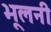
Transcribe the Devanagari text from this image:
भूलनी